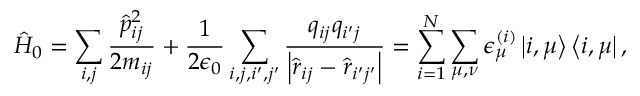
\hat { H } _ { 0 } = \sum _ { i , j } \frac { \hat { p } _ { i j } ^ { 2 } } { 2 m _ { i j } } + \frac { 1 } { 2 \epsilon _ { 0 } } \sum _ { i , j , i ^ { \prime } , j ^ { \prime } } \frac { q _ { i j } q _ { i ^ { \prime } j } } { \left| \hat { \boldsymbol r } _ { i j } - \hat { \boldsymbol r } _ { i ^ { \prime } j ^ { \prime } } \right| } = \sum _ { i = 1 } ^ { N } \sum _ { \mu , \nu } \epsilon _ { \mu } ^ { ( i ) } \left| i , \mu \right> \left< i , \mu \right| ,